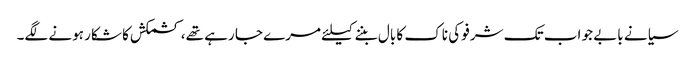
سیانے بابے جو اب تک شرفو کی ناک کا بال بننے کیلئے مرے جا رہے تھے، کشمکش کا شکار ہونے لگے۔